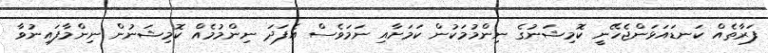
ފަރާތެއް ކަނޑައަޅަންޖެހޭނީ ކޮމިޝަނުގެ ނިންމުމަކުން ކަމަށާއި ނަމަވެސް އެފަދަ ނިންމުމެއް ކޮމިޝަނުން ނިންމާފައިނުވާ